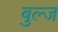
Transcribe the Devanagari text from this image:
बुल्ज